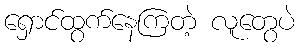
ရှောင်ထွက်နေကြတဲ့ လူတွေပဲ